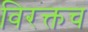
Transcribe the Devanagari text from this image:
विरक्तच